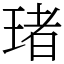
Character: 琽